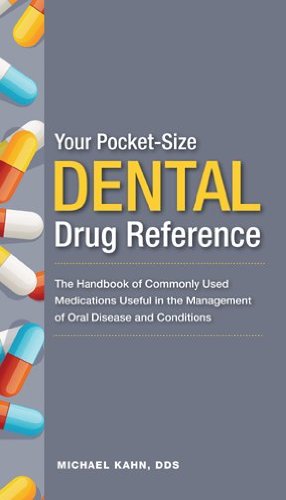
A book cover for Pocket-Size Dental Drug Reference; Michael Kahn; Medical Books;